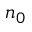
n _ { 0 }